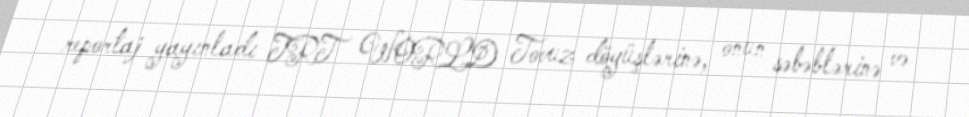
reportaj yayınladı TRT WORLD Tovuz döyüşlərinə, onun səbəblərinə və